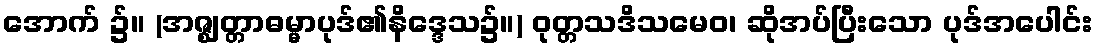
အောက် ၌။ (အဇ္ဈတ္တာဓမ္မာပုဒ်၏နိဒ္ဒေသ၌။) ဝုတ္တသဒိသမေဝ၊ ဆိုအပ်ပြီးသော ပုဒ်အပေါင်း